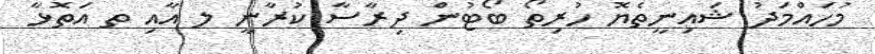
މުހައްމަދު ޝައިނީތެޔޮ ހުރިތޯ ބޯޓުން ދިރާސާ ކުރާނީ ލ އާއި ތ އަތޮޅާ